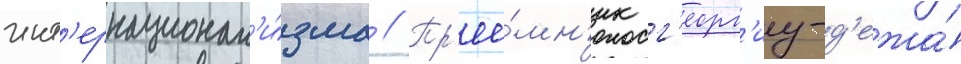
инт'ернационал'и́зма // Пр'ее́мн'ик г'еорг'иу-д'ежа́